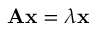
\mathbf { A } \mathbf { x } = \lambda \mathbf { x }